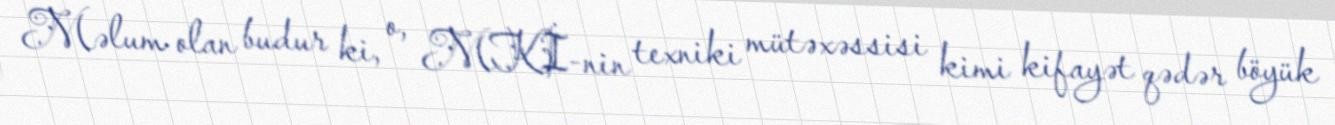
Məlum olan budur ki, o, MKİ-nin texniki mütəxəssisi kimi kifayət qədər böyük